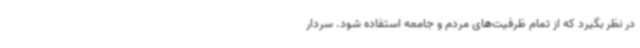
در نظر بگیرد که از تمام ظرفیت‌های مردم و جامعه استفاده شود. سردار